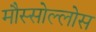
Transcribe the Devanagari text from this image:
मौस्सोल्लोस